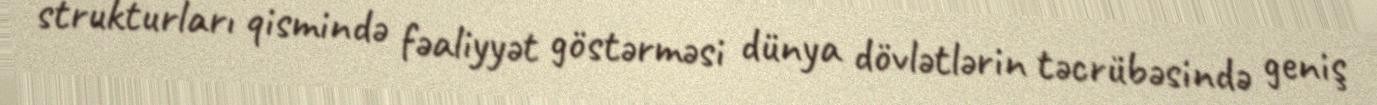
strukturları qismində fəaliyyət göstərməsi dünya dövlətlərin təcrübəsində geniş